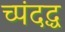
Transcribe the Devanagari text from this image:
च्पंदद्ध